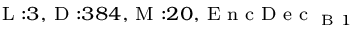
_ { \textrm { L } : 3 , \textrm { D } : 3 8 4 , \textrm { M } : 2 0 , \textrm { E n c D e c } _ { \textrm { B } 1 } }